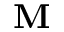
\textbf { M }